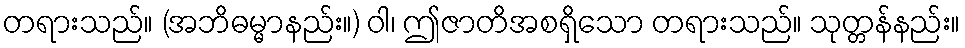
တရားသည်။ (အဘိဓမ္မာနည်း။) ဝါ၊ ဤဇာတိအစရှိသော တရားသည်။ သုတ္တန်နည်း။